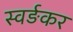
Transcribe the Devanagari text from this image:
स्वर्ङकर